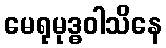
မေရုမုဒ္ဓဝါသိနေ